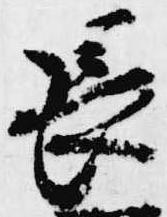
長